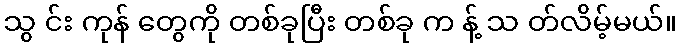
သွ င်း ကုန် တွေကို တစ်ခုပြီး တစ်ခု က န့် သ တ်လိမ့်မယ်။